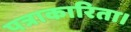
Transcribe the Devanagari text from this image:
पत्राकारिता।